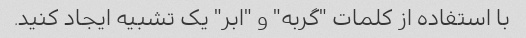
با استفاده از کلمات "گربه" و "ابر" یک تشبیه ایجاد کنید.